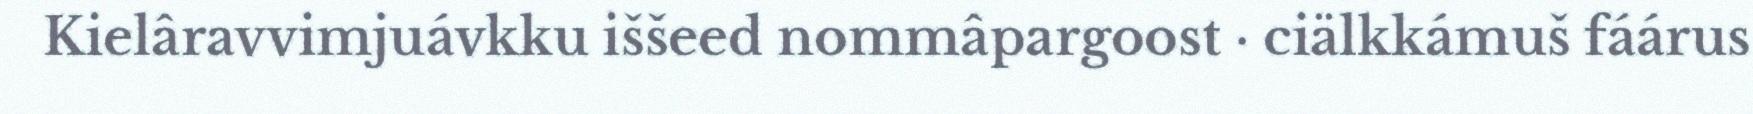
Kielâravvimjuávkku iššeed nommâpargoost · ciälkkámuš fáárus